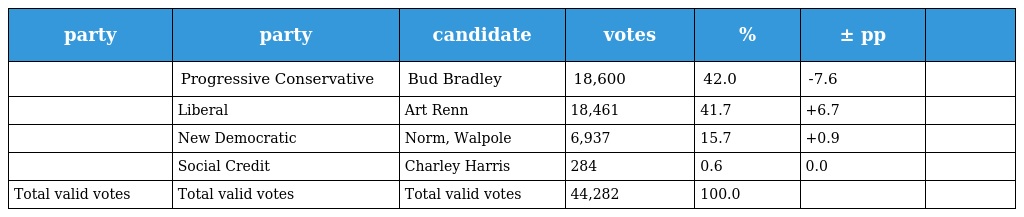
| party | party | candidate | votes | % | ± pp |  |
 | --- | --- | --- | --- | --- | --- | --- |
 |  | Progressive Conservative | Bud Bradley | 18,600 | 42.0 | -7.6 |  |
 |  | Liberal | Art Renn | 18,461 | 41.7 | +6.7 |  |
 |  | New Democratic | Norm, Walpole | 6,937 | 15.7 | +0.9 |  |
 |  | Social Credit | Charley Harris | 284 | 0.6 | 0.0 |  |
 | Total valid votes | Total valid votes | Total valid votes | 44,282 | 100.0 |  |  |